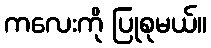
ကလေးကို ပြုစုမယ်။